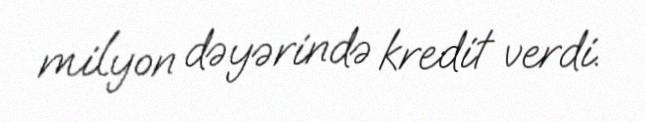
milyon dəyərində kredit verdi.